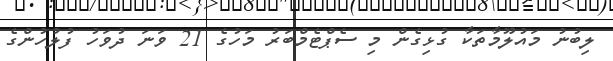
ލިބުނު މައުލޫމާތަކާ ގުޅިގެން މި ސެޕްޓެމްބަރު މަހުގެ 21 ވަނަ ދުވަހު ފުލުހުންގެ